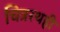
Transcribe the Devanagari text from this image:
चित्ररथही